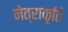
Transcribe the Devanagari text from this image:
नेत्राकृति